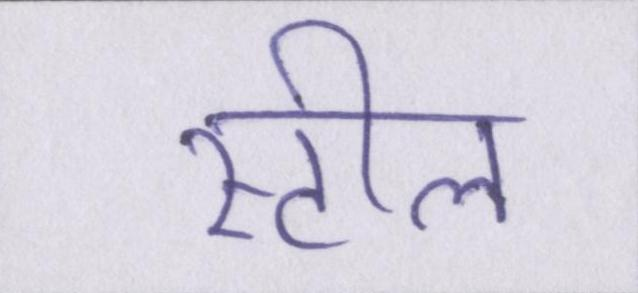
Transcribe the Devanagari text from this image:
स्टील